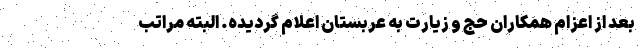
بعد از اعزام همکاران حج و زیارت به عربستان اعلام گردیده. البته مراتب